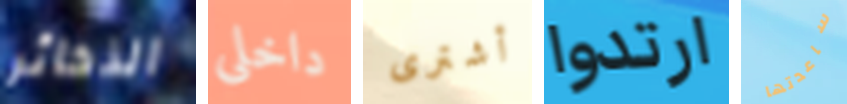
الذخائر داخلى أشترى ارتدوا ساعدتها